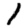
Digit: 1